Civil Veterinary Department. United Provinces 1932-42 - 1932-1942
Year: 1932
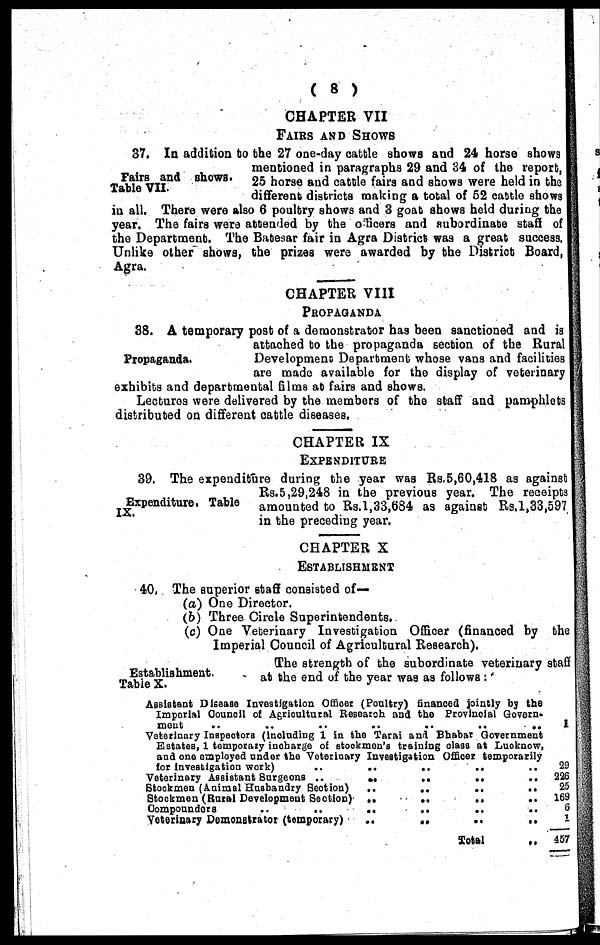
( 8 )
CHAPTER VII
FAIRS AND SHOWS
Fairs and shows.
Table VII.
37. In addition to the 27 one-day cattle shows and 24 horse shows
mentioned in paragraphs 29 and 34 of the report,
25 horse and cattle fairs and shows were held in the
different districts making a total of 52 cattle shows
in all. There were also 6 poultry shows and 3 goat shows held during the
year. The fairs were attended by the officers and subordinate staff of
the Department. The Batesar fair in Agra District was a great success,
Unlike other shows, the prizes were awarded by the District Board,
Agra.
CHAPTER VIII
PROPAGANDA
Propaganda.
38. A temporary post of a demonstrator has been sanctioned and is
attached to the propaganda section of the Rural
Development Department whose vans and facilities
are made available for the display of veterinary
exhibits and departmental films at fairs and shows.
Lectures were delivered by the members of the staff and pamphlets
distributed on different cattle diseases.
CHAPTER IX
EXPENDITURE
Expenditure. Table
IX.
39. The expenditure during the year was Rs.5,60,418 as against
Rs.5,29,248 in the previous year. The receipts
amounted to Rs.l,33,684 as against Rs.l,33,597
in the preceding year.
CHAPTER X
ESTABLISHMENT
40, The superior staff consisted of—
(a) One Director.
(b) Three Circle Superintendents.
(c) One Veterinary Investigation Officer (financed by the
Imperial Council of Agricultural Research).
Establishment.
Table X.
The strength of the subordinate veterinary staff
at the end of the year was as follows :
Assistant Disease Investigation Officer (Poultry) financed jointly by the
Imperial Council of Agricultural Research and the Provincial Govern-
ment
..
..
..
..
..
..
..
Veterinary Inspectors (inducting 1 in the Tarai and Bhabar Government
Estates, 1 temporary incharge of stockmen'a training class at Lucknow,
and one employed under the Veterinary Investigation Officer temporarily
for investigation work)
..
..
..
..
..
Veterinary Assistant Surgeons ..
..
..
..
..
Stockmen (Animal Husbandry Section) ..
..
..
..
Stockmen (Rural Development Section) ..
..
..
..
Compounders
..
..
..
..
Veterinary Demonstrator (temporary)
..
..
..
..
Total
„
1
29
226
25
169
6
1
457